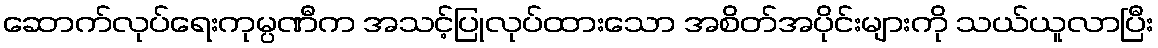
ဆောက်လုပ်ရေးကုမ္ပဏီက အသင့်ပြုလုပ်ထားသော အစိတ်အပိုင်းများကို သယ်ယူလာပြီး